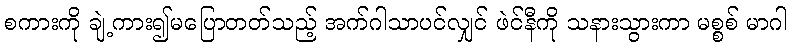
စကားကို ချဲ့ကား၍မပြောတတ်သည့် အက်ဂါသာပင်လျှင် ဖဲင်နီကို သနားသွားကာ မစ္စစ် မာဂါ